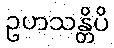
ဥဟသန္တိပိ